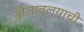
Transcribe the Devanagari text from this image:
बोलावल्याची